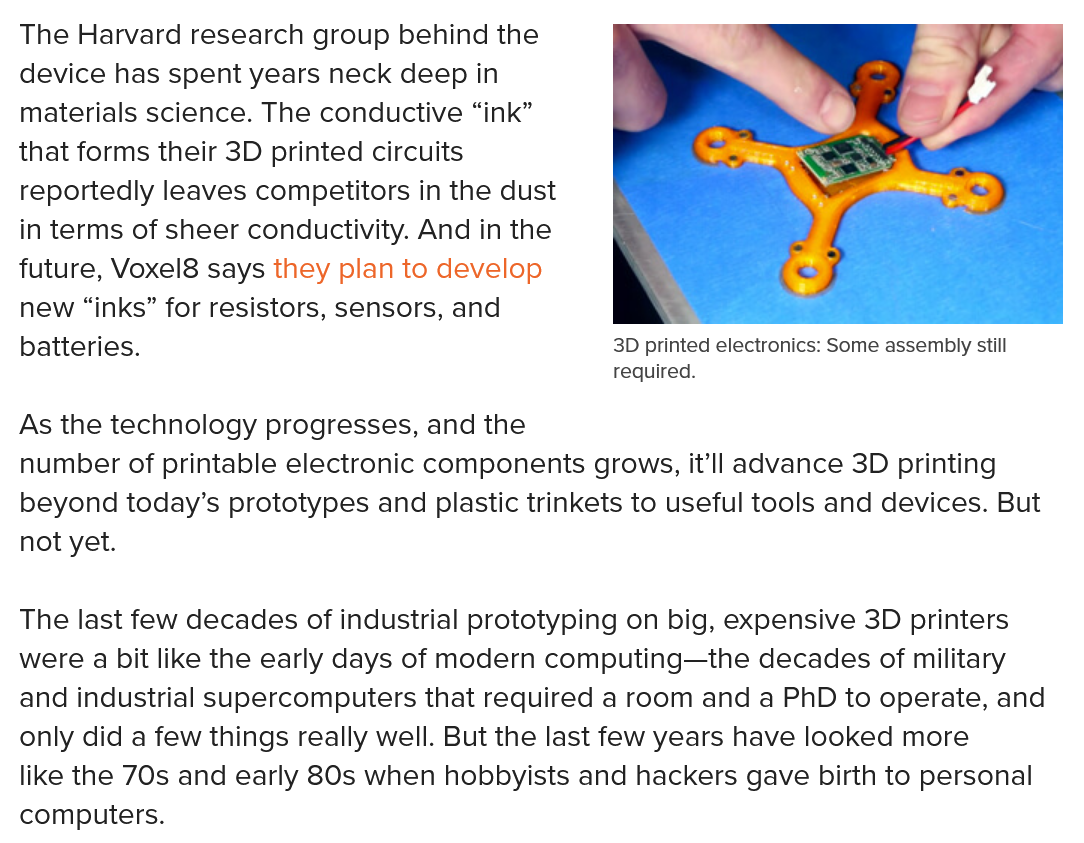
The Harvard research group behind the
  device has spent years neck deep in
  materials science. The conductive “ink”
  that forms their 3D printed circuits
  reportedly leaves competitors in the dust
  in terms of sheer conductivity. And in the
  future, Voxel8 says they plan to develop
  new “inks” for resistors, sensors, and
  batteries.
  As the technology progresses, and the
  number of printable electronic components grows, it'll advance 3D printing
  beyond today’s prototypes and plastic trinkets to useful tools and devices. But
  not yet.
  The last few decades of industrial prototyping on big, expensive 3D printers
  were a bit like the early days of modern computing—the decades of military
  and industrial supercomputers that required a room and a PhD to operate, and
  only did a few things really well. But the last few years have looked more
  like the 70s and early 80s when hobbyists and hackers gave birth to personal
  computers.
     3D printed electronics: Some assembly still
     required.